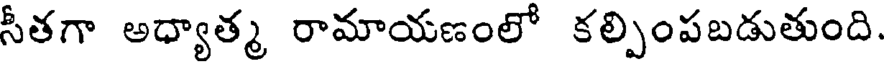
సీతగా అధ్యాత్మ రామాయణంలో కల్పింపబడుతుంది.